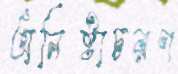
অনিষ্টাচরণ